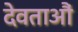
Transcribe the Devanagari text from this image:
देवताऔं